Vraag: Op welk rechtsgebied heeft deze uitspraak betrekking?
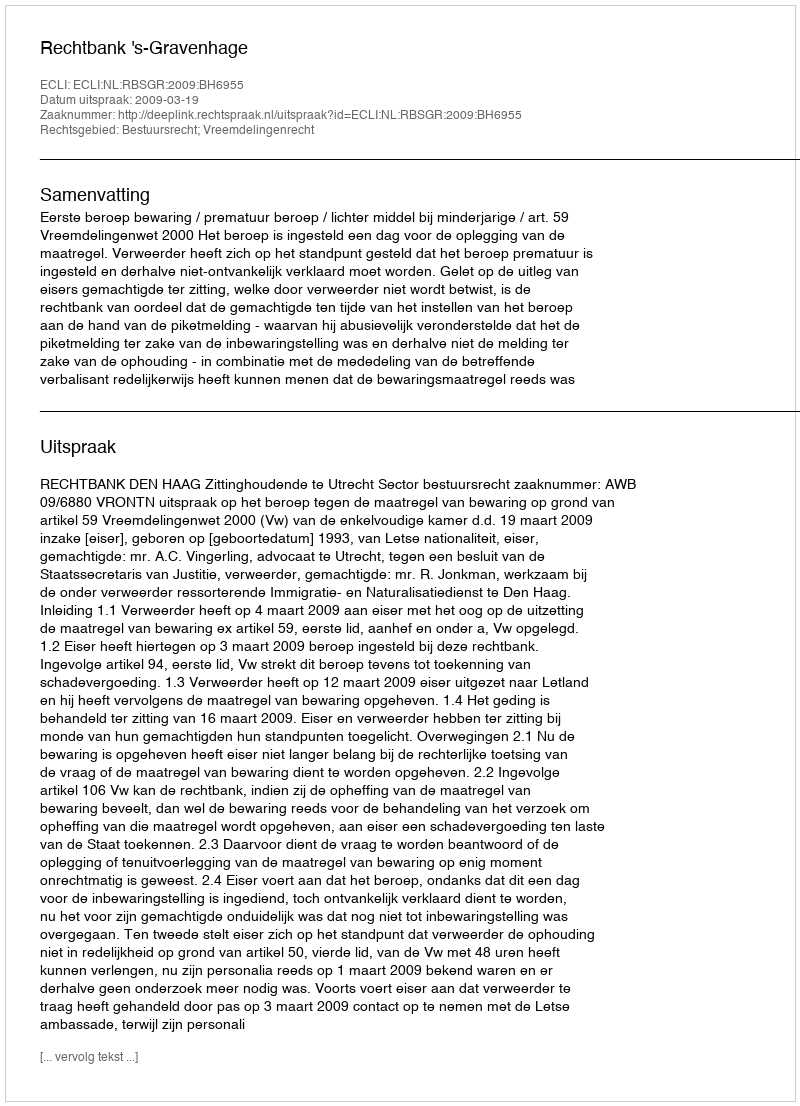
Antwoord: Bestuursrecht; Vreemdelingenrecht